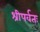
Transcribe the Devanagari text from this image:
श्रीपर्वतः